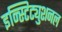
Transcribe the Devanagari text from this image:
इन्स्टिट्युशनल